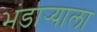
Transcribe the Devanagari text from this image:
भंडार्‍याला